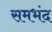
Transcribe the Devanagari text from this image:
समभंद